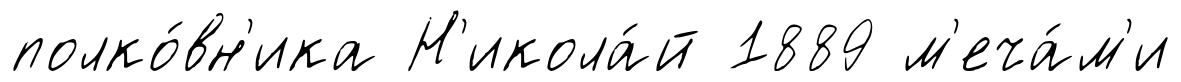
полко́вн'ика Н'икола́й 1889 м'еча́м'и